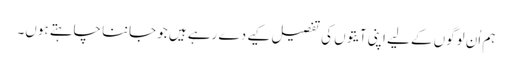
ہم اُن لوگوں کے لیے اپنی آیتوں کی تفصیل کیے دے رہے ہیں جو جاننا چاہتے ہوں۔